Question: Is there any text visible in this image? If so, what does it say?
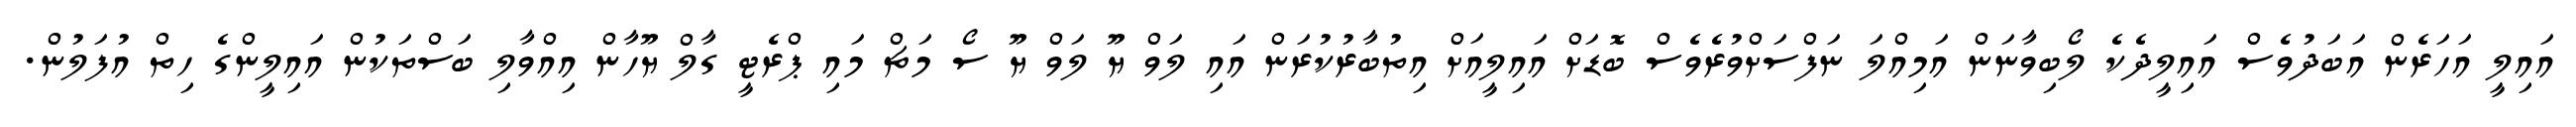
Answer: އައިލީ އަހަރެން އަބަދުވެސް އައިލީދެކެ ލޯބިވާނަން އަމިއްލަ ނަފްސަށްވުރެވެސް ބޮޑަށް އައިލީއަށް އިތުބާރުކުރަން އައި ލަވް ޔޫ ލަވް ޔޫ ސޯ މަޗް މައި ޕްރެޓީ ގާލް ޔޫހާން އިއްވާލި ބަސްތަކުން އައިލީންގެ ހިތް އުފަލުން.